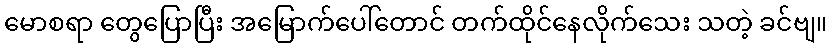
မောစရာ တွေပြောပြီး အမြောက်ပေါ်တောင် တက်ထိုင်နေလိုက်သေး သတဲ့ ခင်ဗျ။